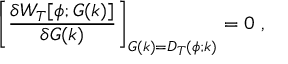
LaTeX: \biggl [ { \frac { \delta W _ { T } [ \phi ; G ( k ) ] } { \delta G ( k ) } } \biggr ] _ { G ( k ) = D _ { T } ( \phi ; k ) } = 0 ~ ,